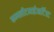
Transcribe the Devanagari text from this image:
कम्पलीटमाईआर्टिस्ट